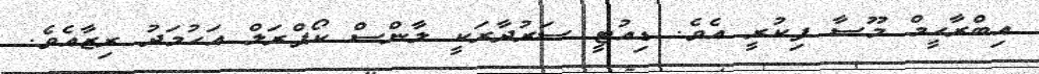
އިބްރާހީމް މޫސާ ފިކުރީ އެވެ. ޑިއުޓީ ސަރުދާރަކީ ލާންސް ކޯޕްރަލް އަޙުމަދު ރިޒާއެވެ.